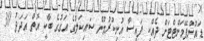
ޑައުންޕޭމަންޓްޓަށް ދެއްކި ފައިސާ އުނިކުރުމުން ސައިކަލުގެ އަގުގެ ބާކީ އޮތް އަދަދު 30